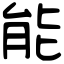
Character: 能